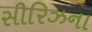
સીરિઝના